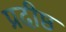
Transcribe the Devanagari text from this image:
प्रदीष्ठ